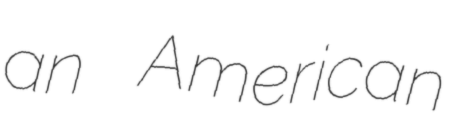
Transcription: an American